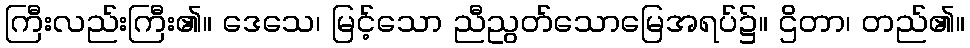
ကြီးလည်းကြီး၏။ ဒေသေ၊ မြင့်သော ညီညွတ်သောမြေအရပ်၌။ ဌိတာ၊ တည်၏။